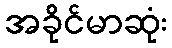
အခိုင်မာဆုံး